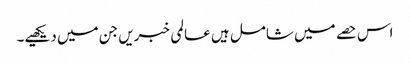
اس حصے میں شامل ہیں عالمی خبریں جن میں دیکھیے۔